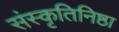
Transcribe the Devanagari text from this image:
संस्कृतिनिष्ठा